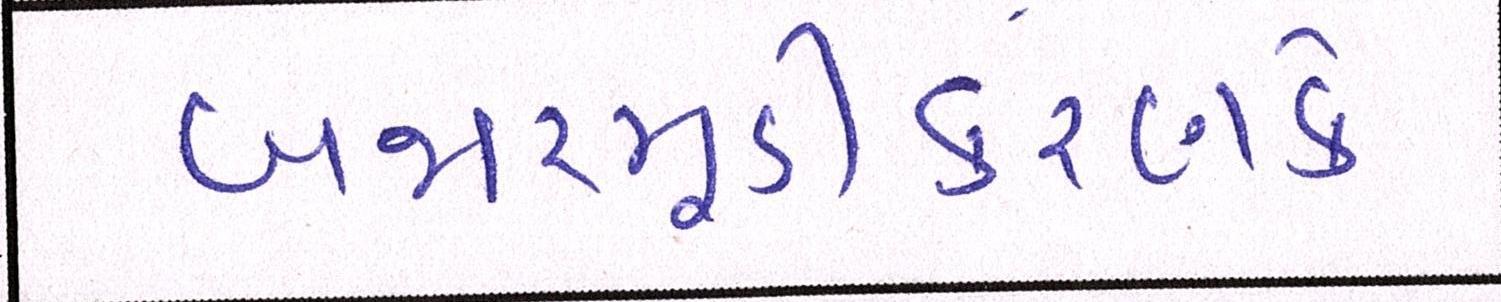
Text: બજારમૂડીકરણને